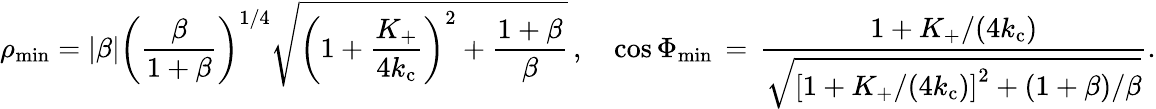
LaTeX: \rho_{\mathrm{min}}=\vert\beta\vert\biggl(\frac{\beta}{1+\beta}\biggr)^{1/4}\sqrt{\biggl(1+\frac{K_{+}}{4k_{\mathrm{c}}}\biggr)^{2}+\frac{1+\beta}{\beta}}\, ,\quad\cos\Phi_{\mathrm{min}}\, =\, \frac{1+K_{+}/(4k_{\mathrm{c}})}{\sqrt{\left[1+K_{+}/(4k_{\mathrm{c}})\right]^{2}+(1+\beta)/\beta}}.